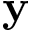
\mathbf { y }